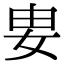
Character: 𡛽